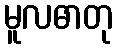
မူလဓာတု